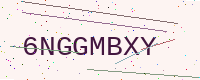
Text: 6NGGMBXY